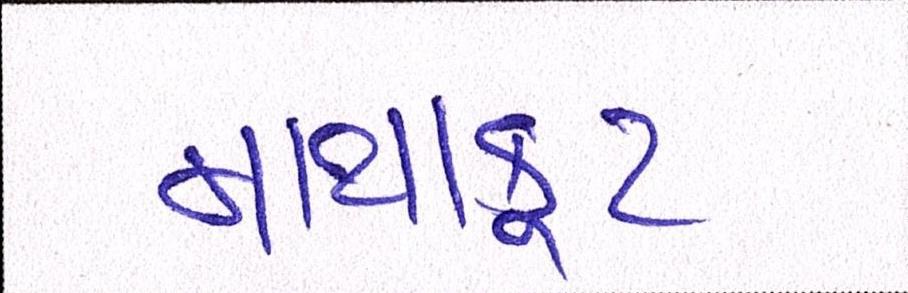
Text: માથાકૂટ